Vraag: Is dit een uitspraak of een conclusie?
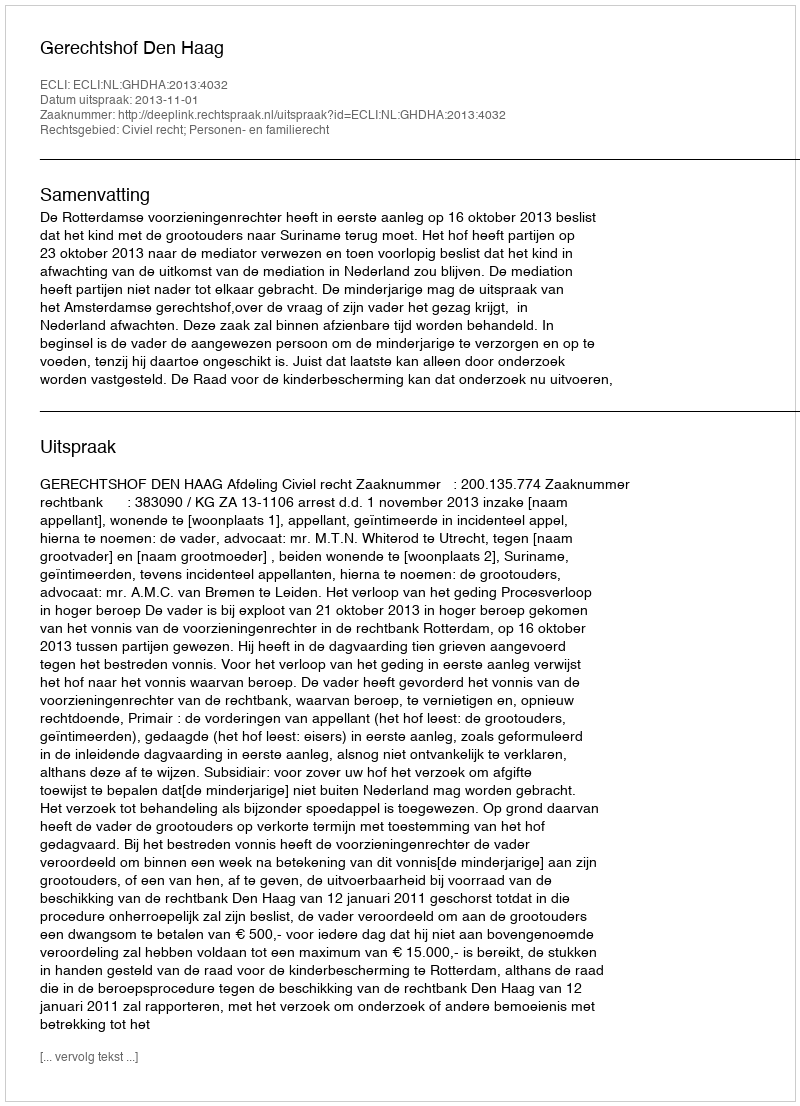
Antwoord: Uitspraak